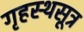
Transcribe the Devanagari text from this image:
गृहस्थसूत्र